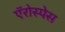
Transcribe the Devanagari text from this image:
ऍरोस्पेस